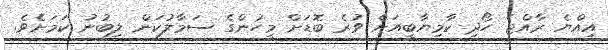
އިއްޔެ ރާއްޖެ ހޯދި ކާމިޔާބީއަށް ވުރެ ބޮޑަށް މީހުންގެ ސަމާލުކަން ލިބުނު ކަމަށެވެ.